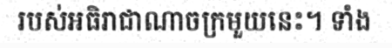
របស់អធិរាជាណាចក្រមួយនេះ។ ទាំង